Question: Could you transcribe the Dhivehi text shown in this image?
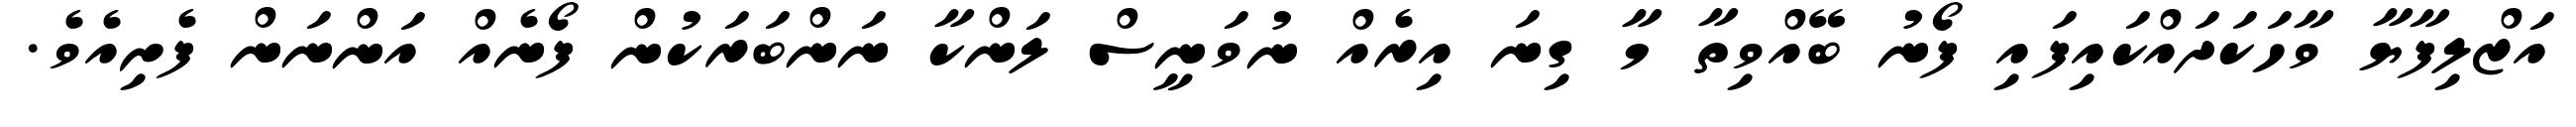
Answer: އަޒްލިފާޔާ ވާހަކަދައްކައިފައި ފޯނު ބޭއްވިތާ މާ ގިނަ އިރެއް ނުވަނީސް ލަންކާ ނަންބަރަކުން ފޯނެއް އަންނަން ފެށިއެވެ.